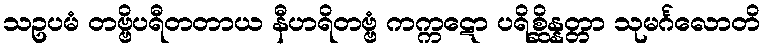
သဥပမံ တဗ္ဗိပရီတတာယ နီဟရိတဗ္ဗံ ကက္ကဋော ပရိစ္ဆိန္နတ္တာ သုမင်္ဂလောတိ